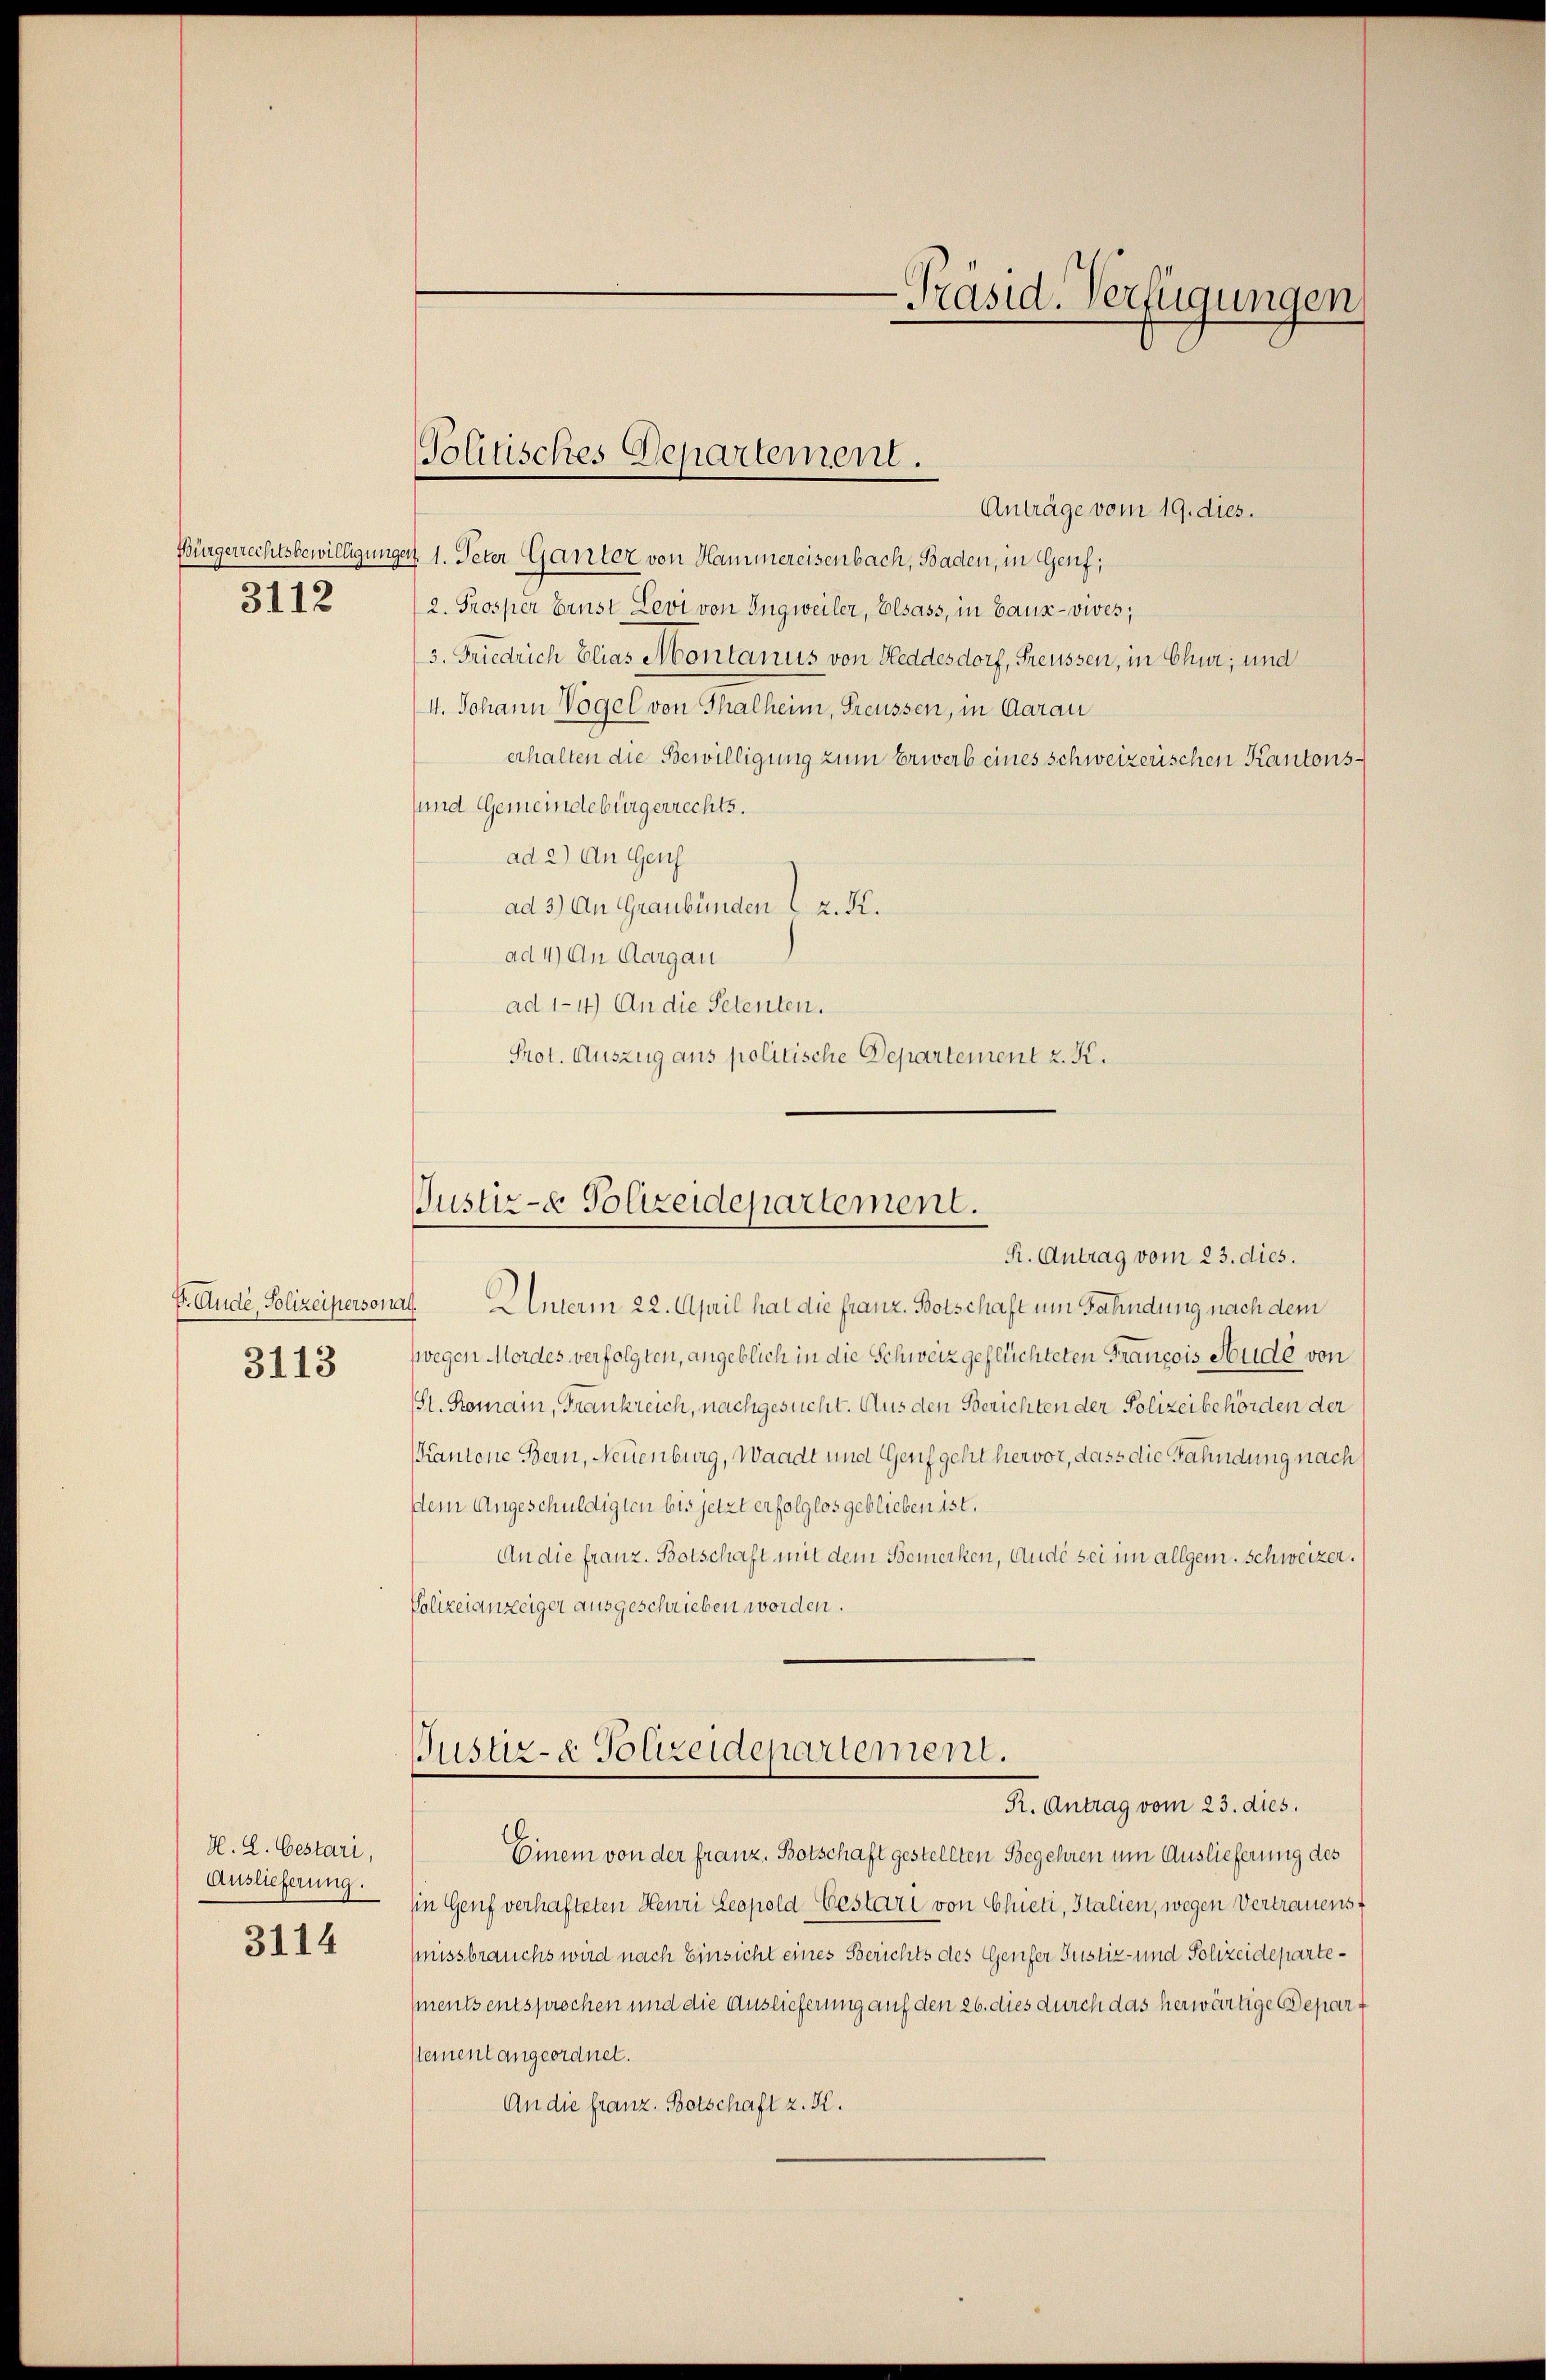
3112

3113

H. L. Gestari,
Auslieferung.
3114

E. Ande, Polizeipersonal. Unterm 22. April hat die franz. Botschaft um Fahndung nach dem
fwegen Mordes verfolgten, angeblich in die Schweiz geflüchteten Francois Hude von
St. Romain, Frankreich, nachgesucht. Aus den Berichten der Polizeibehörden der
Kantone Bern, Neuenburg, Waadt und Genf geht hervor, dass die Fahndung nach
dem Angeschuldigten bis jetzt erfolglos geblieben ist.
An die franz. Botschaft mit dem Bemerken, Ande sei im allgem. Schweizer.
Polizeianzeiger ausgeschrieben worden.

Politisches Departement.
Anträge vom 19. dies.

-Präsid. Verfügungen,
—

Bürgerrechtsbewilligungen 1. Peter Ganter von Hammereisenbach, Baden, in Genf,
2. Prosper Brust Levi von Ingweiler, Elsass, in Bauz-vives;
3. Friedrich Elias Montanus von Heddesdorf, Freussen, in Chur; und
4. Johann Vögel von Thalheim, Freussen, in Aarau
erhalten die Bewilligung zum Erwerb eines schweizerischen Kantons¬
(und Gemeindebürgerrechts.
ad 2) An Genf
ad 3.) An Graubünden 2. K.
ad 4) An Aargau
ad 114.) An die Petenten.
Prot. Auszug aus politische Departement z. K.

Einem von der franz. Botschaft gestellten Begehren um Auslieferung des
Ein Genf verhafteten Henri Leopold-Gestart von Chieti, Italien, wegen Vertrauenst
Missbrauchs wird nach Einsicht eines Berichts des Genfer Justiz- und Polizeideparte¬
(ents entsprochen und die Auslieferung auf den 26. dies durch das herwärtige Depart
Nement angeordnet.
An die franz. Botschaft z. K.

Justiz- & Polizeidepartement.
R. Antrag vom 23. dies.

Justiz- & Polizeidepartement.
K. Antrag vom 23. dies.